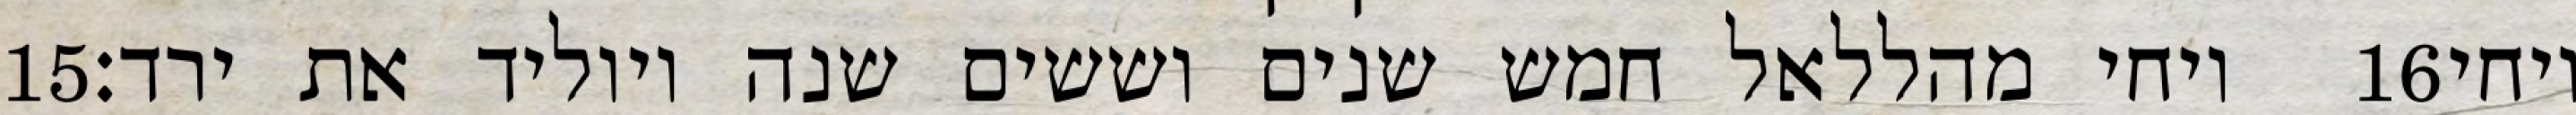
‎15‏ ויחי מהללאל חמש שנים וששים שנה ויוליד את ירד׃ ‎16‏ ויחי